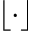
\lfloor \cdot \rfloor